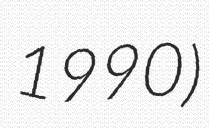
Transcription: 1990)